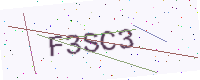
Text: F3SC3